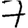
Digit: 7